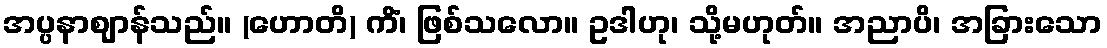
အပ္ပနာဈာန်သည်။ (ဟောတိ) ကိံ၊ ဖြစ်သလော။ ဥဒါဟု၊ သို့မဟုတ်။ အညာပိ၊ အခြားသော